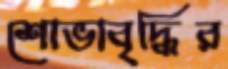
শোভাবৃদ্ধির